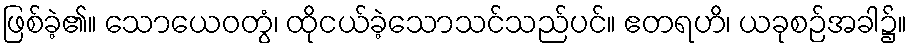
ဖြစ်ခဲ့၏။ သောယေဝတွံ၊ ထိုငယ်ခဲ့သောသင်သည်ပင်။ ဧတရဟိ၊ ယခုစဉ်အခါ၌။